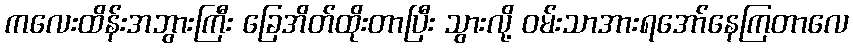
ကလေးထိန်းအဘွားကြီး ခြေအိတ်ထိုးတာပြီး သွားလို့ ဝမ်းသာအားရအော်နေကြတာလေ